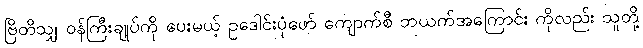
ဗြိတိသျှ ဝန်ကြီးချုပ်ကို ပေးမယ့် ဥဒေါင်းပုံဖော် ကျောက်စီ ဘယက်အကြောင်း ကိုလည်း သူတို့